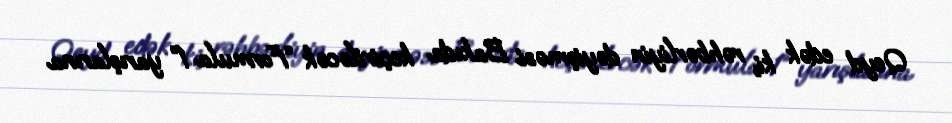
Qeyd edək ki, rəhbərliyin dəyişməsi Bakıda keçiriləcək “Formula 1” yarışlarına